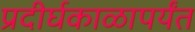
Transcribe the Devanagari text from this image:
प्रदीर्घकाळापर्यंत